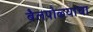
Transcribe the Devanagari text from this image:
बैलपोळ्याचा